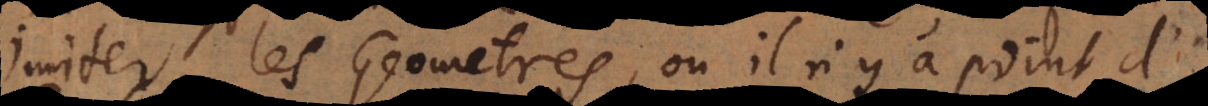
imiter les Geometres, où il n’y a point d